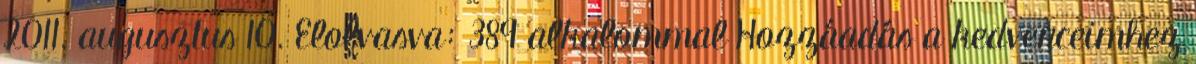
2011. augusztus 10. Elolvasva: 389 alkalommal Hozzáadás a kedvenceimhez